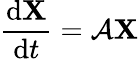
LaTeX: \frac{\mathrm{d}\mathbf{X}}{\mathrm{d}t}=\mathcal{A}\mathbf{X}